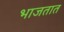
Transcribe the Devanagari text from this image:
भाजतात